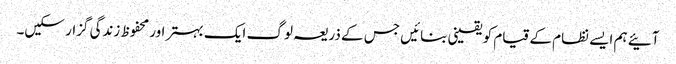
آئیے ہم ایسے نظام کے قیام کو یقینی بنائیں جس کے ذریعہ لوگ ایک بہتر اور محفوظ زندگی گزار سکیں۔